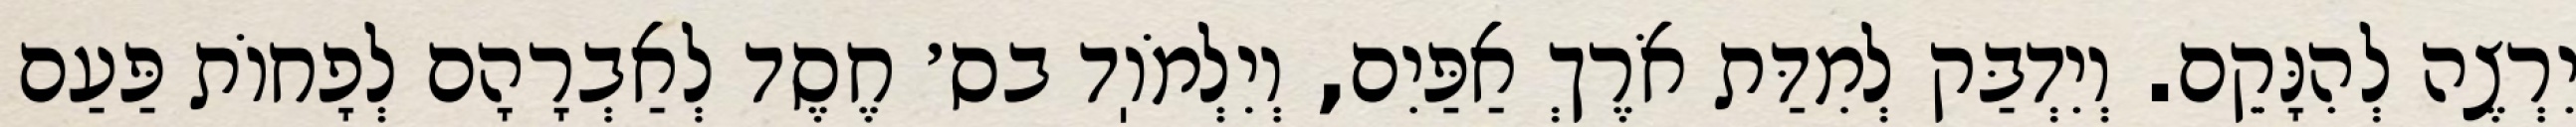
יִרְצֶה לְהִנָּקֵם. וְיִדְבַּק לְמִדַּת אֹרֶךְ אַפַּיִם, וְיִלְמֹוֽד בס׳ חֶסֶד לְאַבְרָהָם לְפָחוֹת פַּעַם